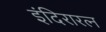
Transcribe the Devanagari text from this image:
इंदिरारत्‍न